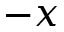
- x